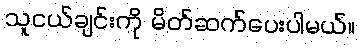
သူငယ်ချင်းကို မိတ်ဆက်ပေးပါမယ်။